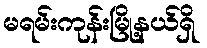
မရမ်းကုန်းမြို့နယ်ရှိ